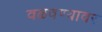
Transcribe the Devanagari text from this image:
वळवण्यावर